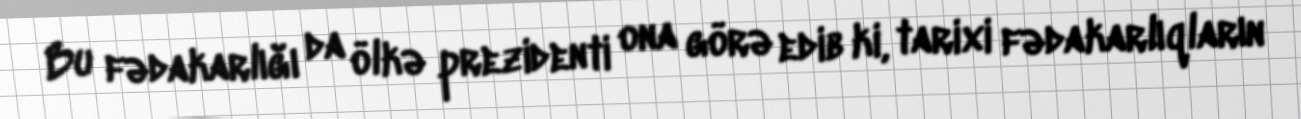
Bu fədakarlığı da ölkə prezidenti ona görə edib ki, tarixi fədakarlıqların